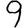
Digit: 9